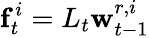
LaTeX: \mathbf{f}_{t}^{i}=L_{t}\mathbf{w}_{t-1}^{r,i}